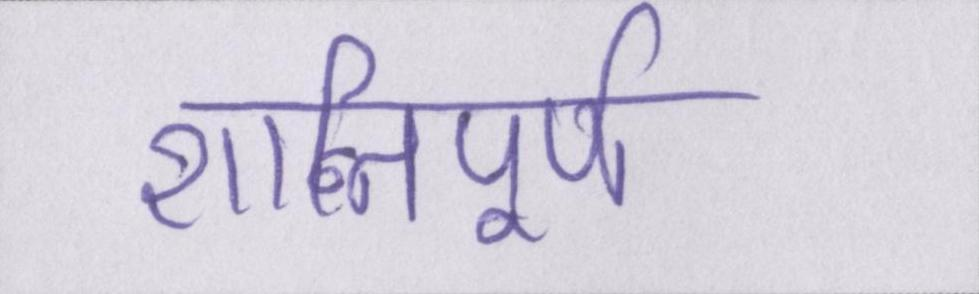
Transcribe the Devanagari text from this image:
शान्तिपूर्ण